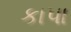
કાપા